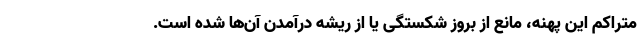
متراکم این پهنه، مانع از بروز شکستگی یا از ریشه درآمدن آن‌ها شده است.